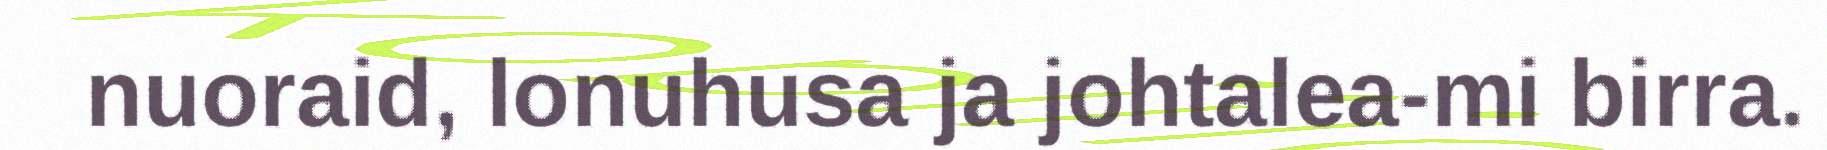
nuoraid, lonuhusa ja johtalea-mi birra.